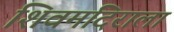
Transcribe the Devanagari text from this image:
शिवमंदिराला